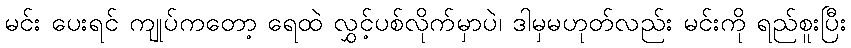
မင်း ပေးရင် ကျုပ်ကတော့ ရေထဲ လွှင့်ပစ်လိုက်မှာပဲ၊ ဒါမှမဟုတ်လည်း မင်းကို ရည်စူးပြီး